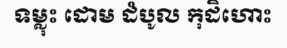
ទម្លុះ ដោម ដំបូល កុដិហោះ